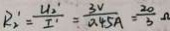
R _ { 2 } ^ { \prime } = \frac { U _ { 2 } ^ { \prime } } { I ^ { \prime } } = \frac { 3 V } { 0 . 4 5 A } = \frac { 2 0 } { 3 } \Omega